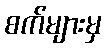
စက်များမှ